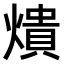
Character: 𤏳